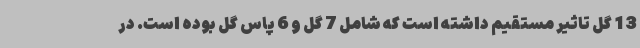
13 گل تاثیر مستقیم داشته است که شامل 7 گل و 6 پاس گل بوده است. در